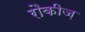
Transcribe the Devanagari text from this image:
रौकीज़